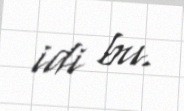
idi bu.